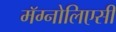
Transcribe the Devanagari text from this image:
मॅग्नोलिएसी